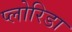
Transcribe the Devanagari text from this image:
प्लोरिडा